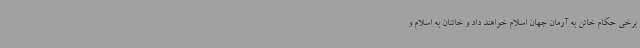
برخی حکام خائن به آرمان جهان اسلام خواهند داد و خائنان به اسلام و